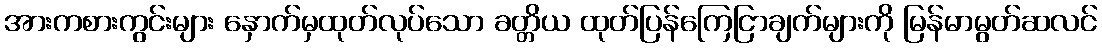
အားကစားကွင်းများ နှောက်မှထုတ်လုပ်သော ခတ္တိယ ထုတ်ပြန်ကြေငြာချက်များကို မြန်မာမွတ်ဆလင်